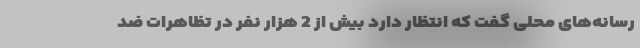
رسانه‌های محلی گفت که انتظار دارد بیش از 2 هزار نفر در تظاهرات ضد